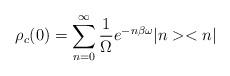
LaTeX: \begin{align*}\rho_c (0)=\sum_{n=0}^{\infty} \frac{1}{\Omega} e^{-n\beta \omega} |n><n|\end{align*}